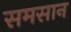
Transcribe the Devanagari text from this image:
समसान